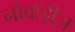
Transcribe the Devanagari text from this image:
नोबॉडीज